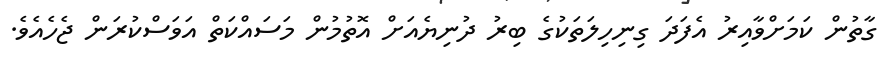
ގާތުން ކަމަށްވާއިރު އެފަދަ ގިނިހިލަތަކުގެ ބިރު ދުނިޔެއަށް އޮތުމުން މަސައްކަތް އަވަސްކުރަން ޖެހެއެވެ.